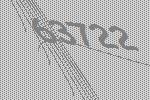
63722